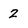
Character: 2